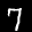
Label: 7